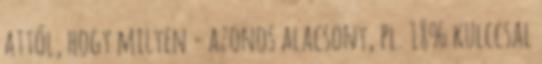
attól, hogy milyen - azonos alacsony, pl. 18% kulccsal